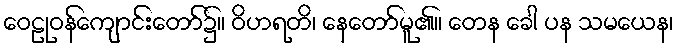
ဝေဠုဝန်ကျောင်းတော်၌။ ဝိဟရတိ၊ နေတော်မူ၏။ တေန ခေါ ပန သမယေန၊